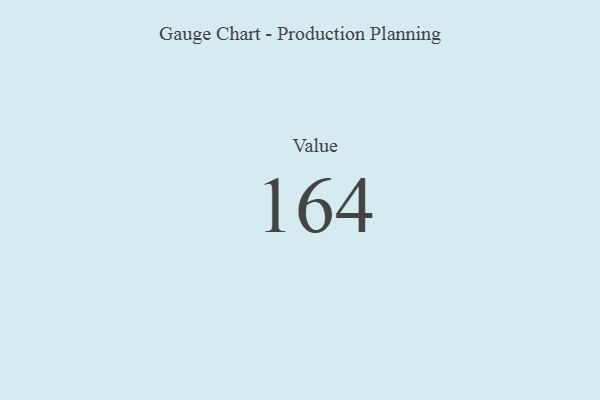
{"axis": {"x": "Metric", "y": "Value"}, "legend": [""], "data": [{"x": "Value", "y": 164, "type": ""}]}